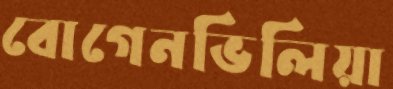
বোগেনভিলিয়া